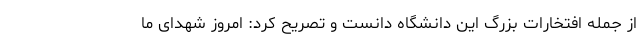
از جمله افتخارات بزرگ این دانشگاه دانست و تصریح کرد: امروز شهدای ما